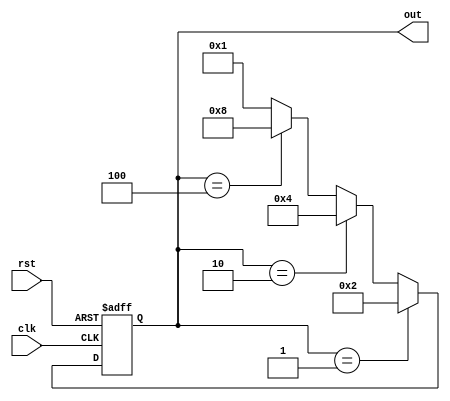
module johnson_counter (
  input wire clk,
  input wire rst,
  output wire [3:0] out
);

reg [3:0] state;

always @ (posedge clk or posedge rst) begin
  if (rst) begin
    state <= 4'b0001;
  end else begin
    if (state == 4'b0001) begin
      state <= 4'b0010;
    end else if (state == 4'b0010) begin
      state <= 4'b0100;
    end else if (state == 4'b0100) begin
      state <= 4'b1000;
    end else begin
      state <= 4'b0001;
    end
  end
end

assign out = state;

endmodule